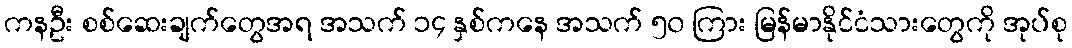
ကနဦး စစ်ဆေးချက်တွေအရ အသက် ၁၄ နှစ်ကနေ အသက် ၅၀ ကြား မြန်မာနိုင်ငံသားတွေကို အုပ်စု